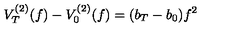
V _ { T } ^ { ( 2 ) } ( f ) - V _ { 0 } ^ { ( 2 ) } ( f ) = ( b _ { T } - b _ { 0 } ) f ^ { 2 }